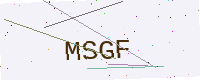
Text: MSGF